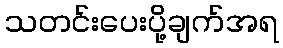
သတင်းပေးပို့ချက်အရ